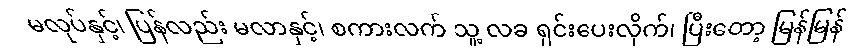
မလုပ်နှင့်၊ ပြန်လည်း မလာနှင့်၊ စကားလက် သူ့ လခ ရှင်းပေးလိုက်၊ ပြီးတော့ မြန်မြန်